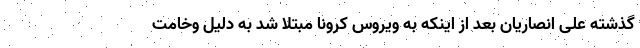
گذشته علی انصاریان بعد از اینکه به ویروس کرونا مبتلا شد به دلیل وخامت